Sanitation, dispensaries and jails vaccination Rajputana 1922-1927 - 1922-1927
Year: 1922
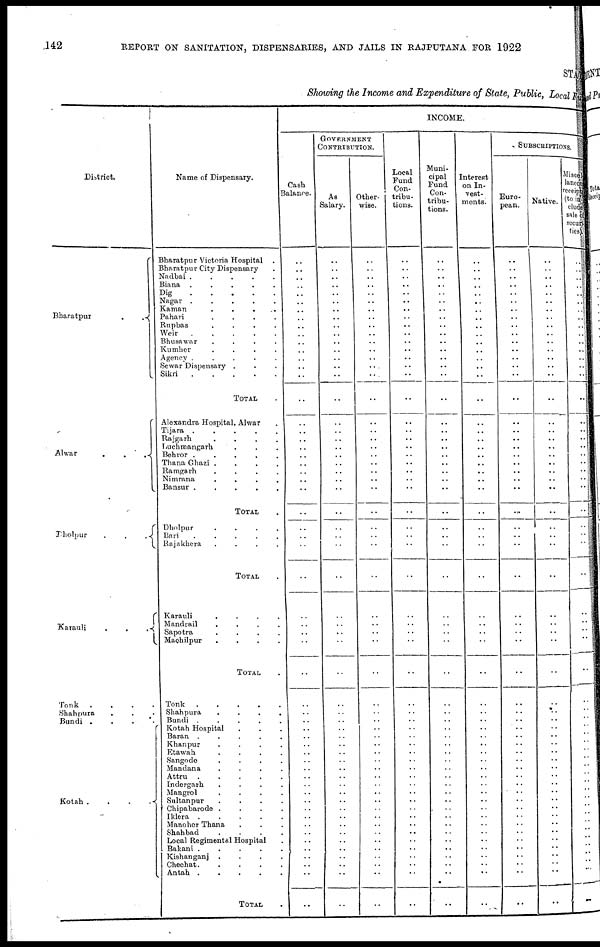
142 REPORT ON SANITATION, DISPENSARIES, AND JAILS IN RAJPUTANA FOR 1922
STATE
Showing the Income and Expenditure of State, Public, Local Fund
District.
Bharatpur
.
.
Alwar
.
.
.
Dholpur
.
.
.
Karauli
.
.
.
Tonk
.
.
.
.
Shahpura ...
Bundi .
.
.
Kotah .
.
.
.
Name of Dispensary.
Bharatpur Victoria Hospital.
Bharatpur City Dispensary .
Nadbai
.
.
.
.
.
Biana
.
.
.
.
.
Dig.....
Nagar
.
.
.
.
.
Kaman
.....
Pahari
.
.
.
.
Rupbas
.
.
.
.
Weir
.
.
.
.
.
Bhusawar
.
.
.
.
Kumher
.
.
.
.
Agency
.
.
.
.
.
Sewar Dispensary ...
Sikri......
TOTAL .
Alexandra Hospital, Alwar .
Tijara
.
.
.
.
.
Rajgarh
.
.
.
.
Luchmangarh . . .
Behror
.
.
.
.
.
Thana Ghazi
.
.
.
.
Ramgarh
.
.
.
.
Nimrana
.
.
.
.
Bansur
.
.
.
.
.
TOTAL .
Dholpur
.
.
.
.
Bari
.....
Rajakhera
.
.
.
.
TOTAL .
Karauli
.
.
.
.
Mandrail
.
.
.
.
Sapotra
.
.
.
.
Machilpur
.
.
.
.
TOTAL .
Tonk.....
Shahpura
.
.
.
.
Bundi
.
.
.
.
.
Kotah Hospital ...
Baran
.
.
.
.
.
Khanpur ....
Etawah
.
.
.
.
Sangode
....
Mandana ....
Attru
.
.
.
.
.
Indergarh
.
.
.
.
Mangrol
....
Sultan pur
.
.
.
.
Chipabarode .
.
.
.
Iklera ....
Manoher Thana ...
Shahbad
....
Local Regimental Hospital .
Bakani
.
.
.
.
.
Kishanganj ....
Chechat....
Antah
.
.
.
.
.
TOTAL .
INCOME.
Cash
Balance.
..
..
..
..
..
..
..
..
..
..
..
..
..
..
..
..
..
..
..
..
..
..
..
..
..
..
..
..
..
..
..
..
..
..
..
..
..
..
..
..
..
..
..
..
..
..
..
..
..
..
..
..
..
..
..
..
..
..
GOVERNMENT
CONTRIBUTION.
As
Salary.
..
..
..
..
..
..
..
..
..
..
..
..
..
..
..
..
..
..
..
..
..
..
..
..
..
..
..
..
..
..
..
..
..
..
..
..
..
..
..
..
..
..
..
..
..
..
..
..
..
..
..
..
..
..
..
..
..
..
Other-
wise.
..
..
..
..
..
..
..
..
..
..
..
..
..
..
..
..
..
..
..
..
..
..
..
..
..
..
..
..
..
..
..
..
..
..
..
..
..
..
..
..
..
..
..
..
..
..
..
..
..
..
..
..
..
..
..
..
..
..
Local
Fund
Con-
tribu-
tions.
..
..
..
..
..
..
..
..
..
..
..
..
..
..
..
..
..
..
..
..
..
..
..
..
..
..
..
..
..
..
..
..
..
..
..
..
..
..
..
..
..
..
..
..
..
..
..
..
..
..
..
..
..
..
..
..
..
..
Muni-
cipal
Fund
Con-
tribu-
tions.
..
..
..
..
..
..
..
..
..
..
..
..
..
..
..
..
..
..
..
..
..
..
..
..
..
..
..
..
..
..
..
..
..
..
..
..
..
..
..
..
..
..
..
..
..
..
..
..
..
..
..
..
..
..
..
..
..
..
Interest
on In-
vest-
ments.
..
..
..
..
..
..
..
..
..
..
..
..
..
..
..
..
..
..
..
..
..
..
..
..
..
..
..
..
..
..
..
..
..
..
..
..
..
..
..
..
..
..
..
..
..
..
..
..
..
..
..
..
..
..
..
..
..
..
SUBSCRIPTIONS.
Euro-
pean.
..
..
..
..
..
..
..
..
..
..
..
..
..
..
..
..
..
..
..
..
..
..
..
..
..
..
..
..
..
..
..
..
..
..
..
..
..
..
..
..
..
..
..
..
..
..
..
..
..
..
..
..
..
..
..
..
..
..
Native.
..
..
..
..
..
..
..
..
..
..
..
..
..
..
..
..
..
..
..
..
..
..
..
..
..
..
..
..
..
..
..
..
..
..
..
..
..
..
..
..
..
..
..
..
..
..
..
..
..
..
..
..
..
..
..
..
..
..
Miscel¬
laneous
receipts
(to in¬
clude
sale of
securi¬
ties).
..
..
..
..
..
..
..
..
..
..
..
..
..
..
..
..
..
..
..
..
..
..
..
..
..
..
..
..
..
..
..
..
..
..
..
..
..
..
..
..
..
..
..
..
..
..
..
..
..
..
..
..
..
..
..
..
..
..